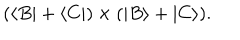
LaTeX: ( \langle B | + \langle C | ) \times ( | B \rangle + | C \rangle ) .